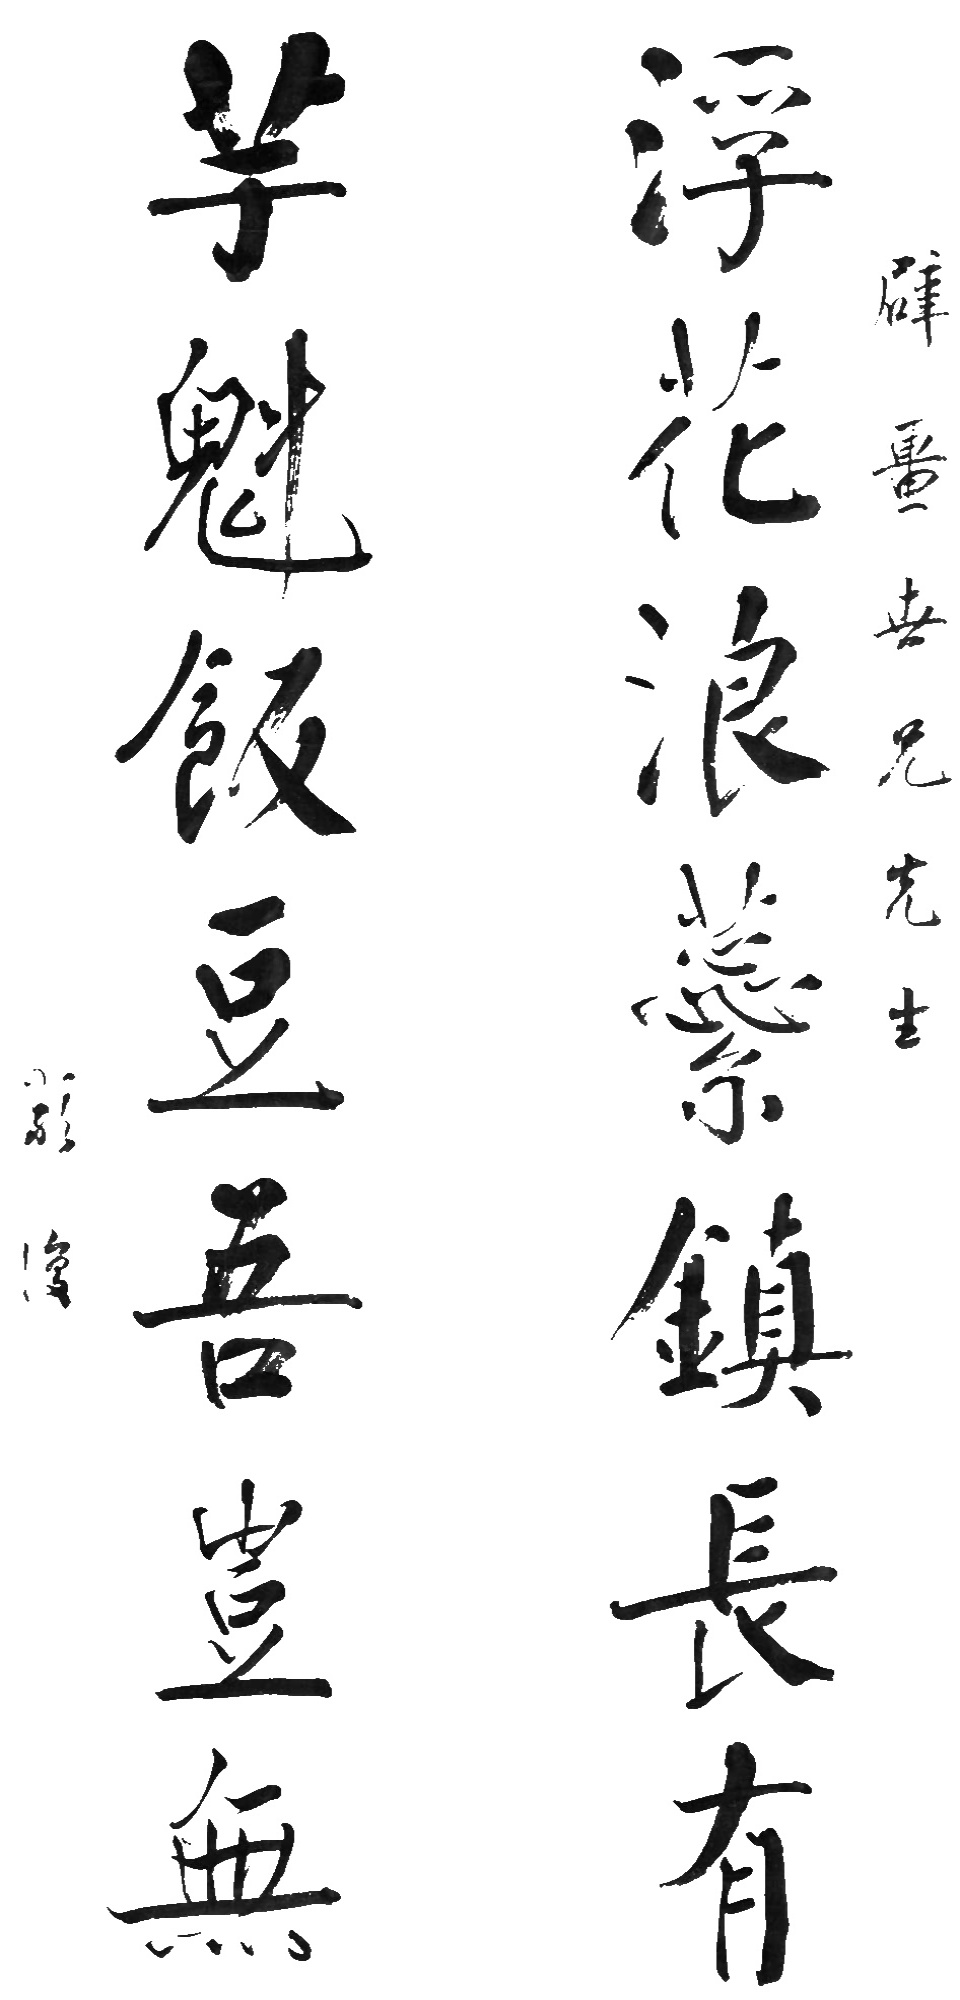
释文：浮花浪蕊镇长有，芋魁饭豆吾岂无。辟畺世兄先生。严复。